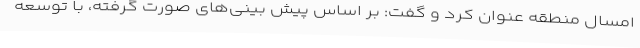
امسال منطقه عنوان کرد و گفت: بر اساس پیش بینی‌های صورت گرفته، با توسعه